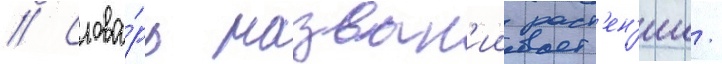
// Слова́рь назван'ии раст'ен'ии/